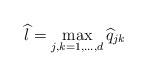
LaTeX: \begin{align*}\widehat l=\max_{j,k=1,\ldots,d}\widehat q_{jk}\end{align*}